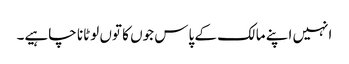
انہیں اپنے مالک کے پاس جوں کا توں لوٹانا چاہیے۔